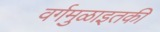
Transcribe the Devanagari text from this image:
वर्गमुळाइतकी